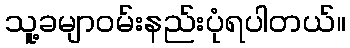
သူ့ခမျာဝမ်းနည်းပုံရပါတယ်။